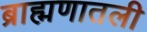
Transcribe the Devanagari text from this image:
ब्राह्मणातली